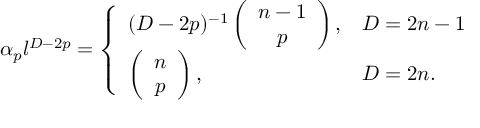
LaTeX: \alpha _ { p } l ^ { D - 2 p } = \left\{ \begin{array} { l l } { { ( D - 2 p ) ^ { - 1 } \left( \begin{array} { c } { { n - 1 } } \\ { { p } } \end{array} \right) , } } & { { D = 2 n - 1 } } \\ { { \left( \begin{array} { c } { { n } } \\ { { p } } \end{array} \right) , } } & { { D = 2 n . } } \end{array} \right.